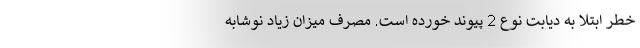
خطر ابتلا به دیابت نوع 2 پیوند خورده است. مصرف میزان زیاد نوشابه